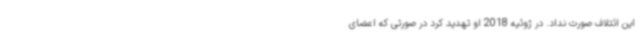
این ائتلاف صورت نداد. در ژوئیه 2018 او تهدید کرد در صورتی که اعضای